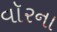
વૉરના